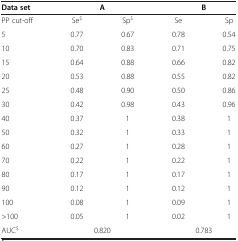
<table><thead><tr><td><b>Data set</b></td><td colspan="2"><b>A</b></td><td colspan="2"><b>B</b></td></tr></thead><tbody><tr><td>PP cut-off</td><td>Se<sup>$</sup></td><td>Sp<sup>$</sup></td><td>Se</td><td>Sp</td></tr><tr><td>5</td><td>0.77</td><td>0.67</td><td>0.78</td><td>0.54</td></tr><tr><td>10</td><td>0.70</td><td>0.83</td><td>0.71</td><td>0.75</td></tr><tr><td>15</td><td>0.64</td><td>0.88</td><td>0.66</td><td>0.82</td></tr><tr><td>20</td><td>0.53</td><td>0.88</td><td>0.55</td><td>0.82</td></tr><tr><td>25</td><td>0.48</td><td>0.90</td><td>0.50</td><td>0.86</td></tr><tr><td>30</td><td>0.42</td><td>0.98</td><td>0.43</td><td>0.96</td></tr><tr><td>40</td><td>0.37</td><td>1</td><td>0.38</td><td>1</td></tr><tr><td>50</td><td>0.32</td><td>1</td><td>0.33</td><td>1</td></tr><tr><td>60</td><td>0.27</td><td>1</td><td>0.28</td><td>1</td></tr><tr><td>70</td><td>0.22</td><td>1</td><td>0.22</td><td>1</td></tr><tr><td>80</td><td>0.17</td><td>1</td><td>0.17</td><td>1</td></tr><tr><td>90</td><td>0.12</td><td>1</td><td>0.12</td><td>1</td></tr><tr><td>100</td><td>0.08</td><td>1</td><td>0.09</td><td>1</td></tr><tr><td>&gt;100</td><td>0.05</td><td>1</td><td>0.02</td><td>1</td></tr><tr><td>AUC<sup>$</sup></td><td>0.820</td><td>[EMPTY_CELL]</td><td colspan="2">0.783</td></tr></tbody></table>